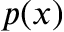
p ( x )